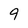
Character: 9